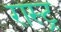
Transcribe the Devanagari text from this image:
रास्ट्र